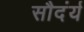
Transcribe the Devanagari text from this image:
सौदंर्य